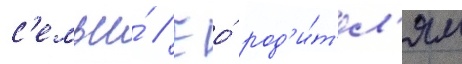
с'емьи́ // Ео́ род'и́т'ел'ям